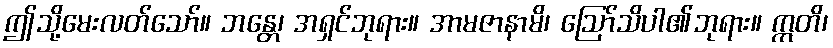
ဤသို့မေးလတ်သော်။ ဘန္တေ၊ အရှင်ဘုရား။ အာမဇာနာမိ၊ ဩော်သိပါ၏ဘုရား။ ဣတိ၊